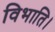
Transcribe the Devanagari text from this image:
विभाति।